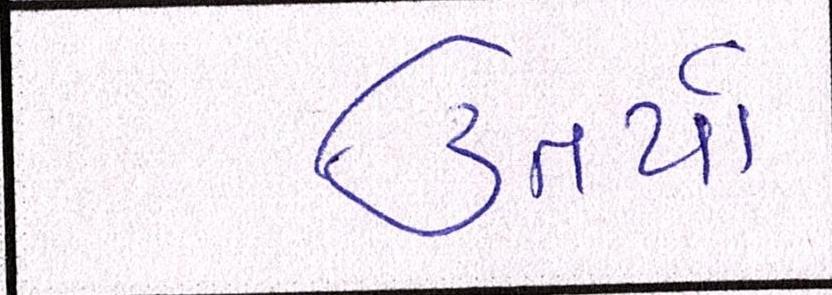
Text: ઉતર્યા